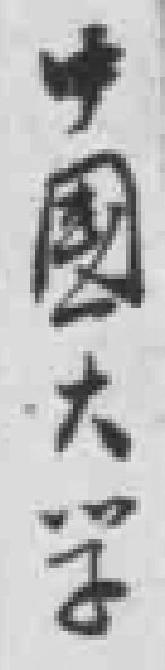
中國大学